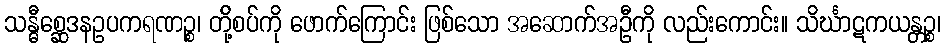
သန္ဓီစ္ဆေဒနဥပကရဏဉ္စ၊ တို့်စပ်ကို ဖောက်ကြောင်း ဖြစ်သော အဆောက်အဦကို လည်းကောင်း။ သိင်္ဃာဋကယန္တဉ္စ၊